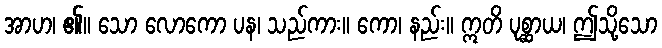
အာဟ၊ ၏။ သော လောကော ပန၊ သည်ကား။ ကော၊ နည်း။ ဣတိ ပုစ္ဆာယ၊ ဤသို့သော